Civil Veterinary Dept. Assam report 1927-50 - 1927-1950
Year: 1927
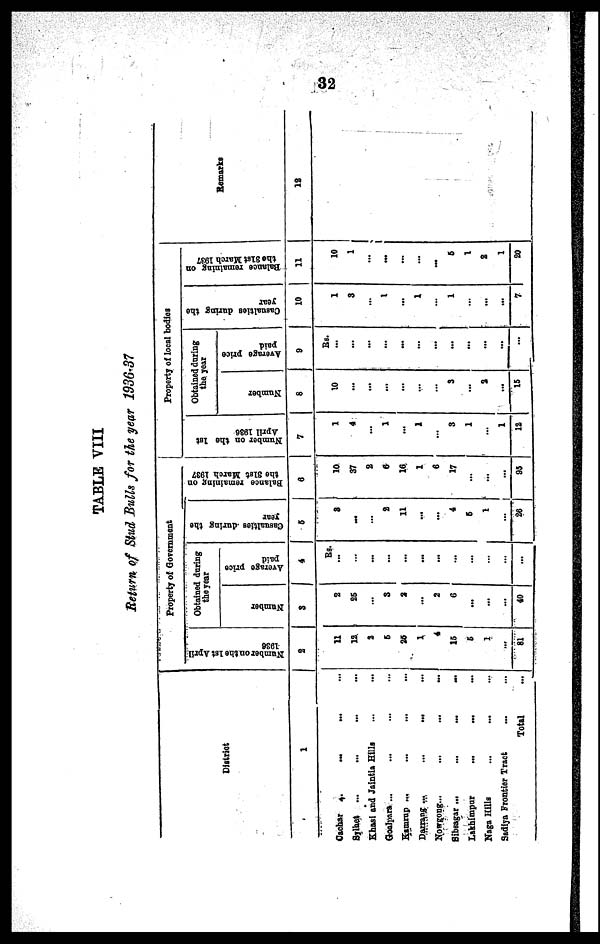
32
TABLE VIII
Return of Stud Bulls for the year 1936-37
District
1
Cachar
...
...
...
Sylhet ... ... ... ...
Khasi and Jaintia Hills
...
...
Goalpara ... ... ... ...
Kamrup ... ... ... ...
Darrang ...
... ... ...
Nowgong ... ... ... ...
Sibsagar ... ... ... ...
Lakhimpnr
...
... ...
Naga Hills ... ... ...
Sadiya Frontier Tract ... ...
Total ...
Property of Government
Number on the 1st April
1986
2
11
12
2
6
25
1
4
15
5
1
...
81
Obtained during
the year
Number
3
2
25
...
3
2
...
2
6
...
...
...
40
Average price
paid
4
RS.
...
...
...
...
...
...
...
...
...
...
...
...
Casualties during the
year
5
8
...
...
2
11
...
...
4
6
1
...
26
Balance remaining on
the 31st March 1937
6
10
37
2
6
16
1
6
17
...
...
...
95
Property of local bodies
Number on the 1st
April 1936
7
1
4
...
1
...
1
...
3
1
...
1
12
Obtained during
the year
Number
8
10
...
...
...
...
...
...
3
...
2
...
15
Average price
paid
9
Rs.
...
...
...
...
...
...
...
...
...
...
...
...
Casualties during the
year
10
1
3
...
1
...
1
...
1
...
...
...
7
Balance remaining on
the 31st March 1937
11
10
1
...
...
...
...
...
6
1
2
1
20
Remarks
12